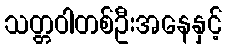
သတ္တဝါတစ်ဦးအနေနှင့်